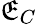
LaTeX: \mathfrak{E}_{C}